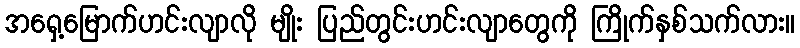
အရှေ့မြောက်ဟင်းလျာလို မျိုး ပြည်တွင်းဟင်းလျာတွေကို ကြိုက်နှစ်သက်လား။